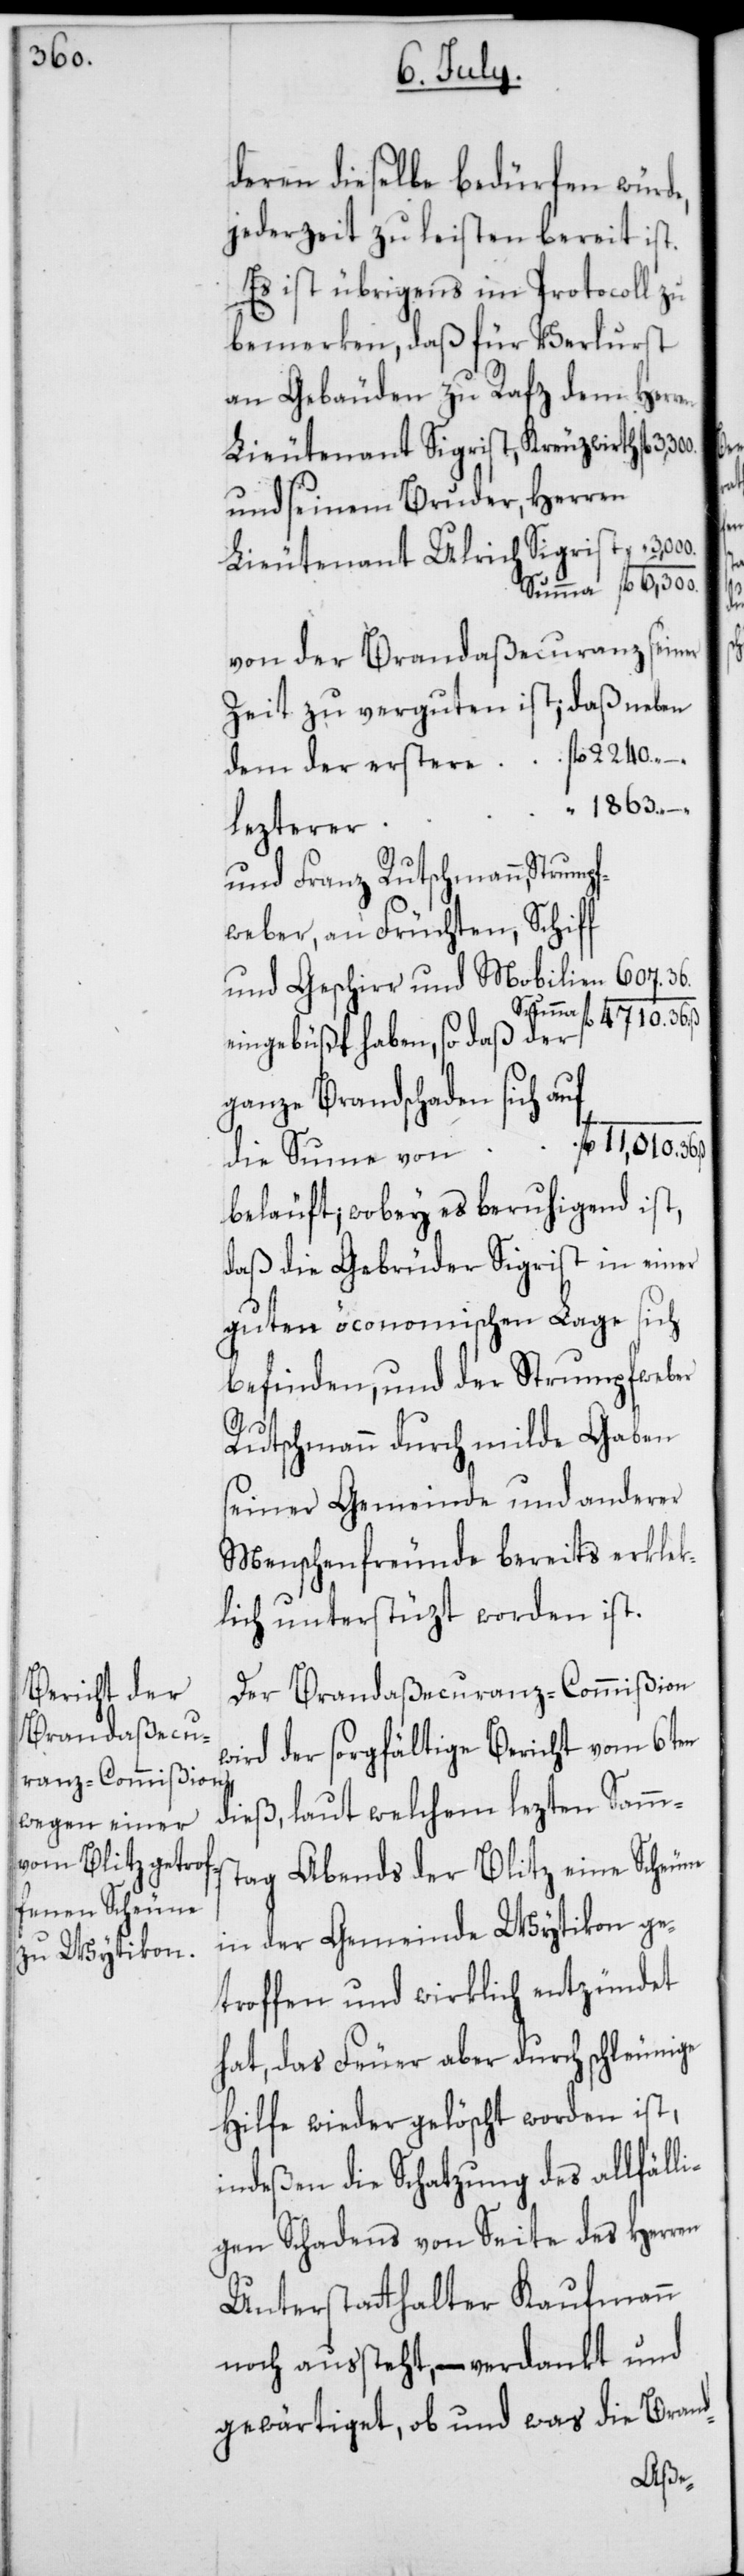
36.

deren dieselbe bedürfen würde,
jederzeit zu leisten bereit ist.
Es ist übrigens im Protocoll zu
bemerken, daß für Verlust
an Gebäuden zu Rafz dem Herren
Lieutenant Sigrist, Kreuzwirth	fl.
und seinem Bruder, Herren
Lieutenant Ulrich Sigrist 	 “
Summa fl. 6,300.
von der Brandaßecuranz seiner
Zeit zu verguten ist;daß neben
dem der erstere fl. 2240. –.
“ 1863. –.
lezterer
und Franz Rutschmann,
weber, an Früchten, Schiff
Summa
4710. 36.
eingebüßt haben, so daß der
ganze Brandschaden sich auf
die Summe von fl. 11,010. 36.
beläuft; wobey es beruhigend ist,
daß die Gebrüder Sigrist in einer
guten öconomischen Lage sich
befinden, und der Strumpfweber
Rutschmann durch milde Gaben
seiner Gemeinde und anderer
Menschenfreunde bereits erkleck¬
lich unterstüzt worden ist.
Der Brandaßecuranz-Commißion
wird der sorgfältige Bericht vom 6ten
dieß, laut welchem lezten Samms¬
tag abends der Blitz eine Scheune
in der Gemeinde Wytikon ge¬
troffen und wirklich entzündet
hat, das Feuer aber durch schleunige
Hilfe wieder gelöscht worden ist,
indeßen die Schatzung des allfäll¬
igen Schadens von Seite des Herren
Unterstatthalter Kaufmann
noch außteht, – verdankt und
gewärtiget, ob und was die Brand-